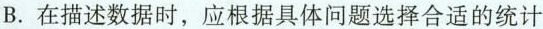
B.在描述数据时，应根据具体问题选择合适的统计